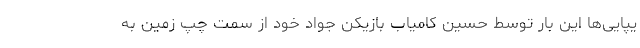
یپایی‌ها این بار توسط حسین کامیاب بازیکن جواد خود از سمت چپ زمین به